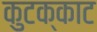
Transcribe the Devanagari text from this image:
कुटक्काट